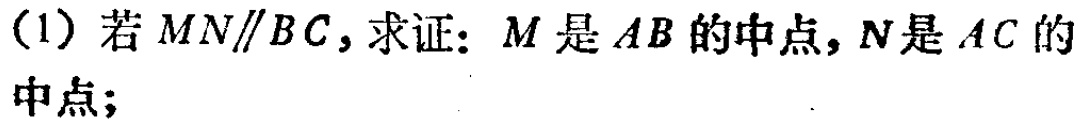
(1) 若 \(MN\parallel BC\)，求证：\(M\) 是 \(AB\) 的中点，\(N\) 是 \(AC\) 的中点；